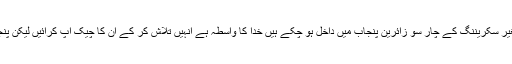
سندھ حکومت درخواست پر درخواست کرتی رہی کہ بغیر سکریننگ کے چار سو زائرین پنجاب میں داخل ہو چکے ہیں خدا کا واسطہ ہے انہیں تلاش کر کے ان کا چیک اپ کرائیں لیکن پنجاب میں کسی نے ان کی بات کو کوئی اہمیت نہیں دی ۔